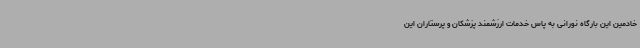
خادمین این بارگاه نورانی به پاس خدمات ارزشمند پزشکان و پرستاران این